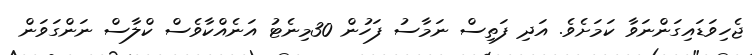
ޖެހިވަޑައިގަންނަވާ ކަމަށެވެ. އަދި ފަތިސް ނަމާސު ފަހުން 30މިނެޓު އަނެއްކާވެސް ކްލާސް ނަންގަވަން